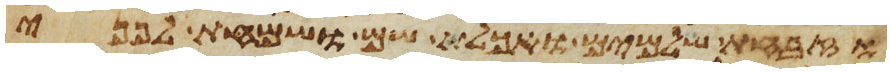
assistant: וזבחת שלמים ואכלת שם ושמחת לפני